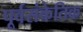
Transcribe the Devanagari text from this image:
पूर्वसंकेतिक